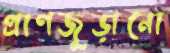
প্রাণজুড়ানো